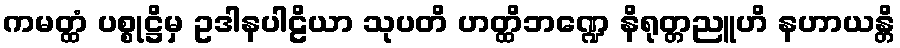
ကမတ္ထံ ပစ္စုဋ္ဌိမှ ဥဒါနပါဠိယာ သုပတိ ဟတ္ထိဘဏ္ဍေ နိရုတ္တညူဟိ နဟာယန္တိ